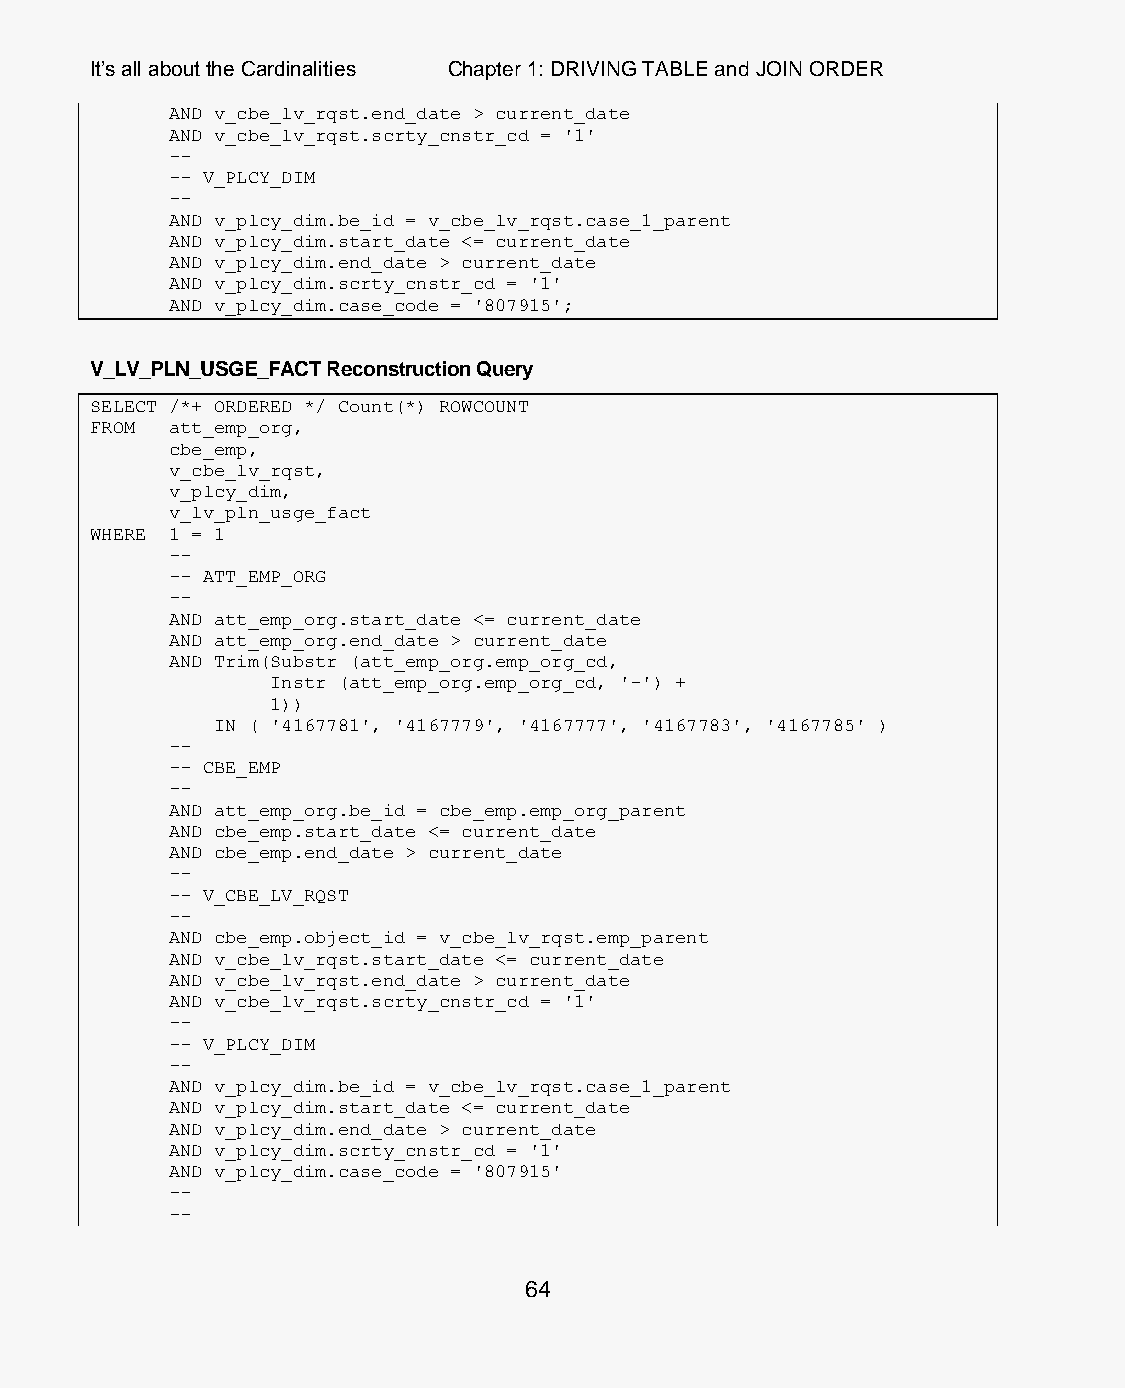
It’s all about the Cardinalities Chapter 1: DRIVING TABLE and JOIN ORDER
 AND v_cbe_lv_rqst.end_date > current_date
 AND v_cbe_lv_rqst.scrty_cnstr_cd = '1'
 --
 -- V_PLCY_DIM
 --
 AND v_plcy_dim.be_id = v_cbe_lv_rqst.case_1_parent
 AND v_plcy_dim.start_date <= current_date
 AND v_plcy_dim.end_date > current_date
 AND v_plcy_dim.scrty_cnstr_cd = '1'
 AND v_plcy_dim.case_code = '807915';
 V_LV_PLN_USGE_FACT Reconstruction Query
 SELECT /*+ ORDERED */ Count(*) ROWCOUNT
 FROM att_emp_org,
 cbe_emp,
 v_cbe_lv_rqst,
 v_plcy_dim,
 v_lv_pln_usge_fact
 WHERE 1 = 1
 --
 -- ATT_EMP_ORG
 --
 AND att_emp_org.start_date <= current_date
 AND att_emp_org.end_date > current_date
 AND Trim(Substr (att_emp_org.emp_org_cd,
 Instr (att_emp_org.emp_org_cd, '-') +
 1))
 IN ( '4167781', '4167779', '4167777', '4167783', '4167785' )
 --
 -- CBE_EMP
 --
 AND att_emp_org.be_id = cbe_emp.emp_org_parent
 AND cbe_emp.start_date <= current_date
 AND cbe_emp.end_date > current_date
 --
 -- V_CBE_LV_RQST
 --
 AND cbe_emp.object_id = v_cbe_lv_rqst.emp_parent
 AND v_cbe_lv_rqst.start_date <= current_date
 AND v_cbe_lv_rqst.end_date > current_date
 AND v_cbe_lv_rqst.scrty_cnstr_cd = '1'
 --
 -- V_PLCY_DIM
 --
 AND v_plcy_dim.be_id = v_cbe_lv_rqst.case_1_parent
 AND v_plcy_dim.start_date <= current_date
 AND v_plcy_dim.end_date > current_date
 AND v_plcy_dim.scrty_cnstr_cd = '1'
 AND v_plcy_dim.case_code = '807915'
 --
 --
 64